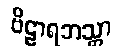
ဗိဠာရဘသ္တာ